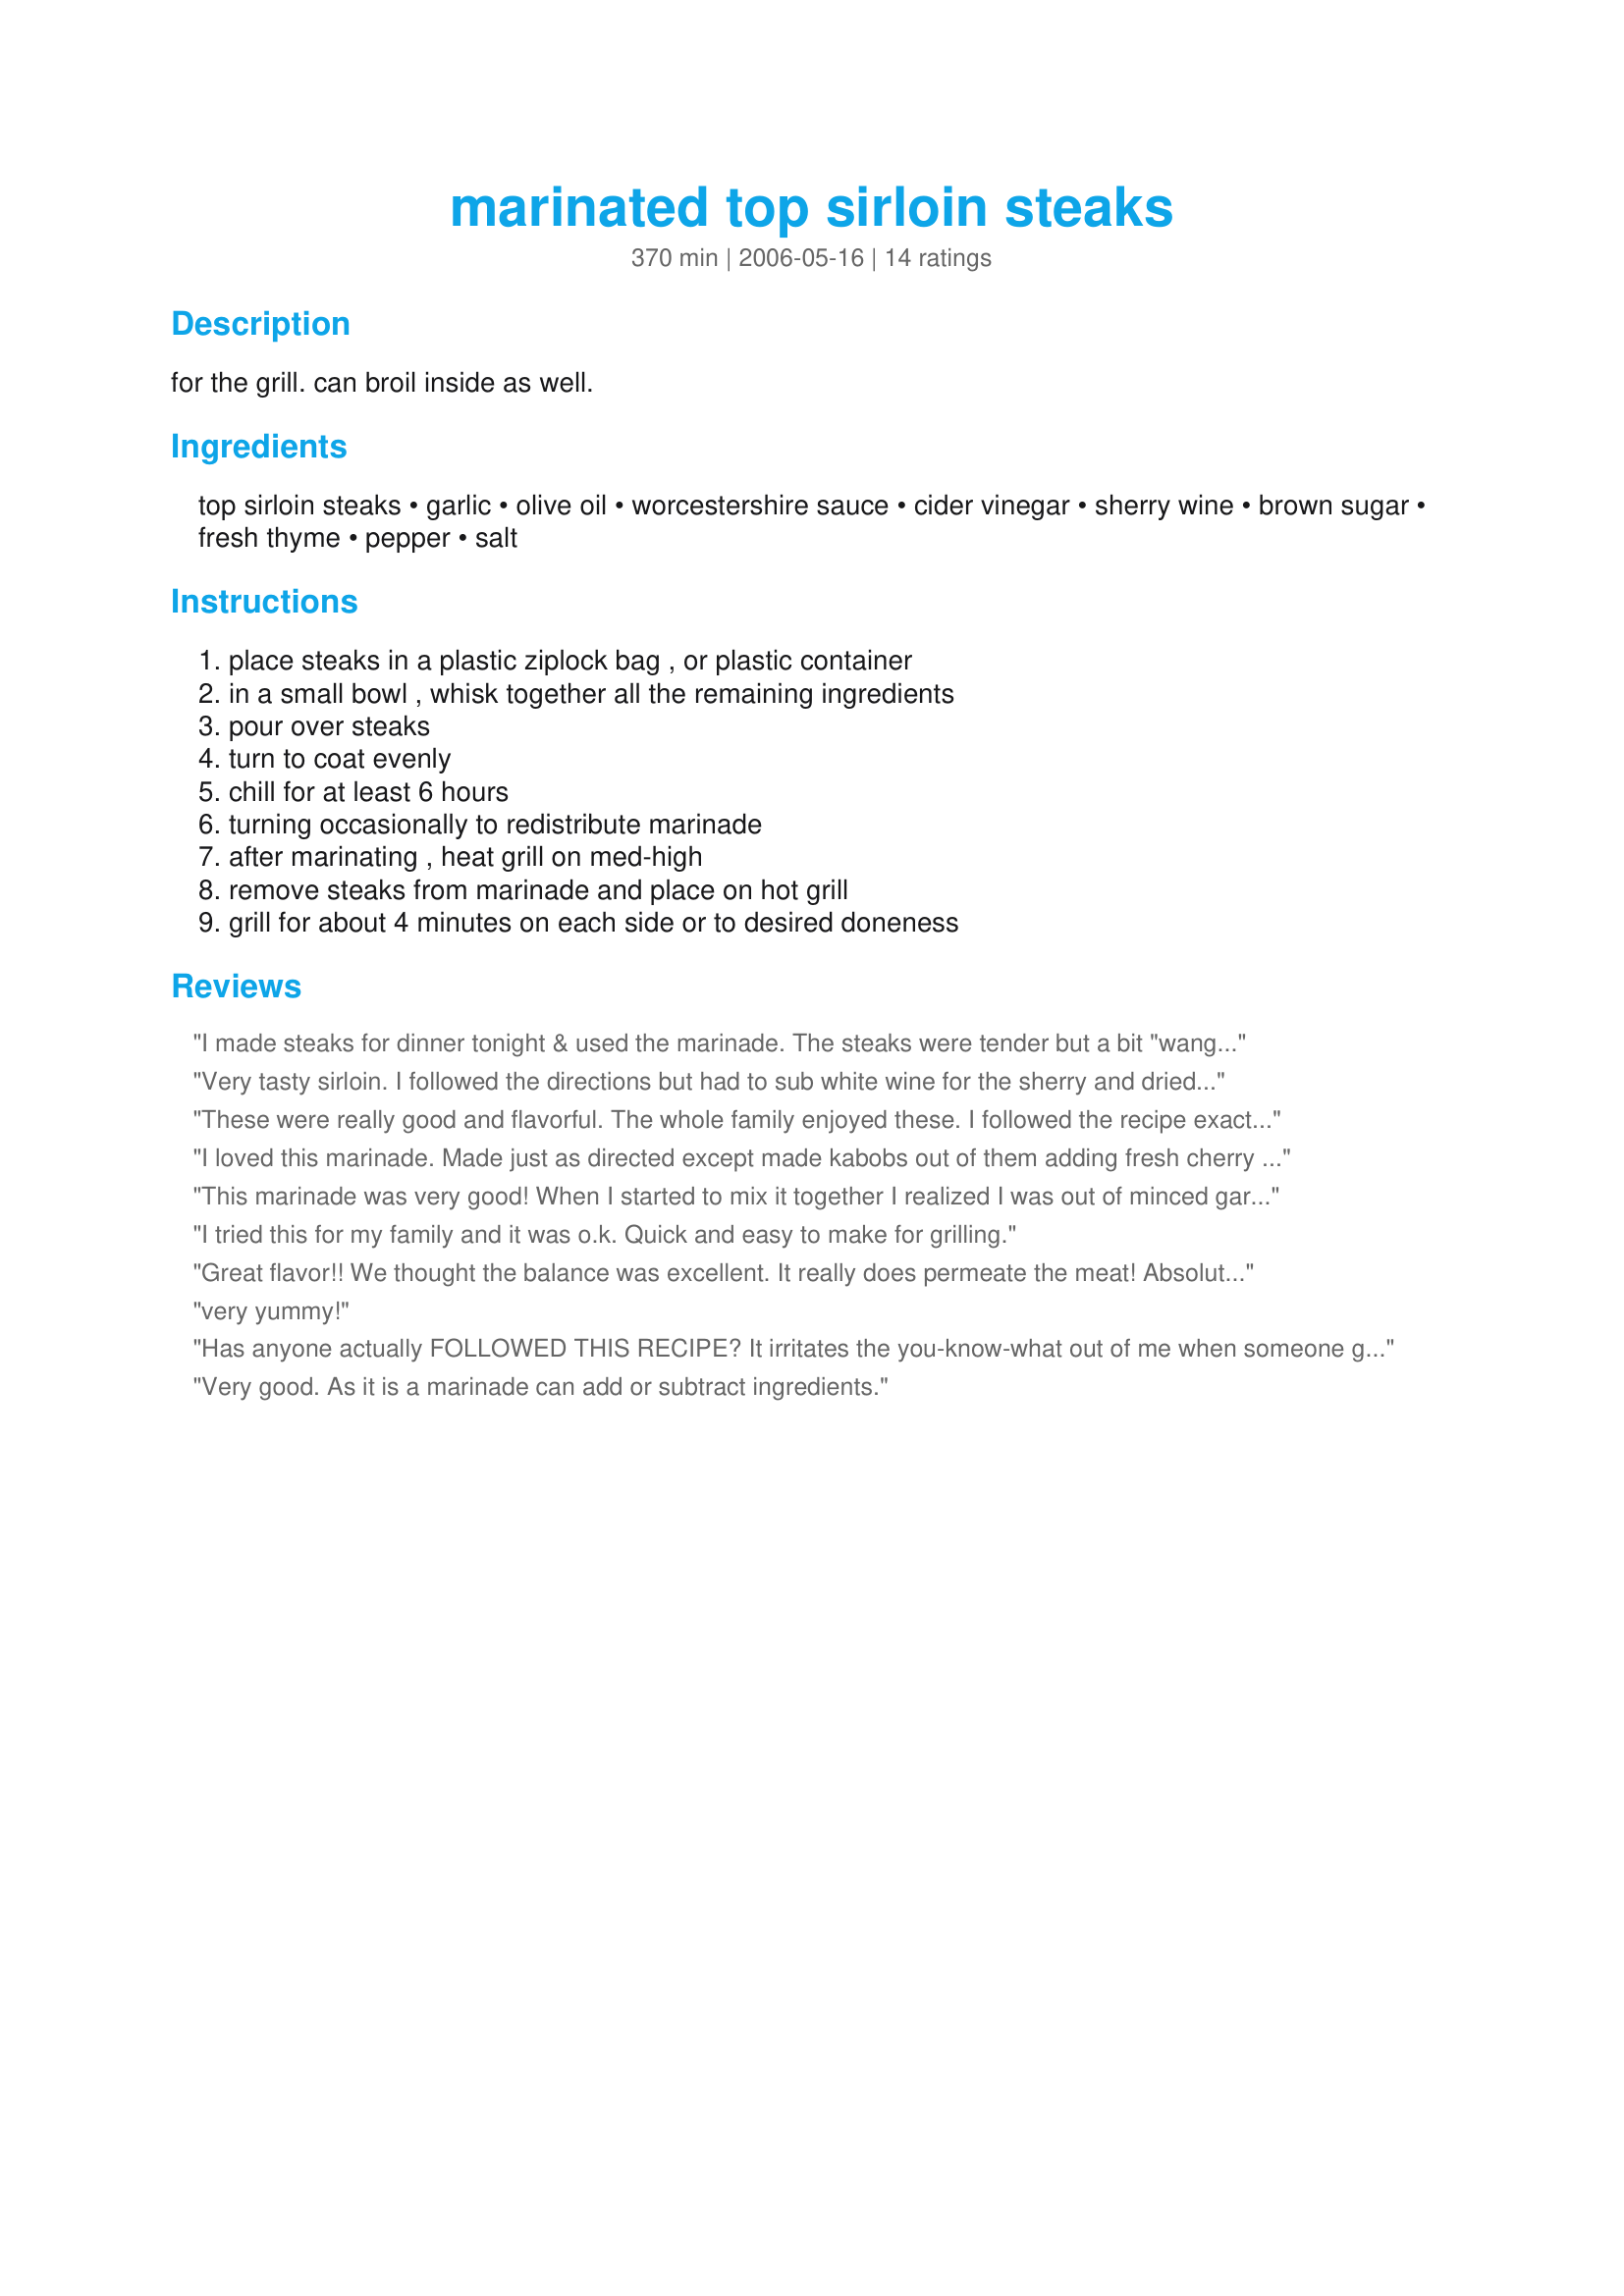
marinated top sirloin steaks
Preparation time: 370 minutes

for the grill. can broil inside as well.

Ingredients:
top sirloin steaks, garlic, olive oil, worcestershire sauce, cider vinegar, sherry wine, brown sugar, fresh thyme, pepper, salt

Steps:
place steaks in a plastic ziplock bag , or plastic container, in a small bowl , whisk together all the remaining ingredients, pour over steaks, turn to coat evenly, chill for at least 6 hours, turning occasionally to redistribute marinade, after marinating , heat grill on med-high, remove steaks from marinade and place on hot grill, grill for about 4 minutes on each side or to desired doneness

Reviews:
I made steaks for dinner tonight & used the marinade. The steaks were tender but a bit "wangy" for us. I think I'll try again & reduce either the vinegar or wine amounts. To dress it up a bit, I topped with mango & onion slices during the last couple of grilling minutes. Thanks for posting!
Very tasty sirloin. I followed the directions but had to sub white wine for the sherry and dried thyme. I marinaded the meat for 8 hours and then grilled the sirloin. Thanks Parsley for a quick and easy marinade.
These were really good and flavorful. The whole family enjoyed these. I followed the recipe exactly as written except I used Splenda brown sugar instead of regular because that is all I buy.
I loved this marinade. Made just as directed except made kabobs out of them adding fresh cherry tomatoes and pineapple. Yummy. thanks.
This marinade was very good! When I started to mix it together I realized I was out of minced garlic, so I substituted garlic powder. I also threw in a splash of white wine instead of sherry (we don&#039;t keep it around). Even with my changes, the marinade was a hit! Everybody we had over for dinner really enjoyed the flavor, and I loved the fact that I was able to throw it together with ingredients I usually have on hand.
I tried this for my family and it was o.k. Quick and easy to make for grilling.
Great flavor!! We thought the balance was excellent. It really does permeate the meat! Absolutely delicious!! Thank you Parsley
very yummy!
Has anyone actually FOLLOWED THIS RECIPE? It irritates the you-know-what out of me when someone gives a recipe five stars and then proceeds to say how they changed it. If you changed it, write your own frickin' recipe. Geez.
Very good. As it is a marinade can add or subtract ingredients.
I made this recipe for the ZWTII. I left it in the fridge for 24 hours. You could cut these steaks with a fork! A Keeper for sure!!! Thanks Parsley!
Thoroughly enjoyed your recipe - I used dried thyme and although not as good still did the job. I cut the recipe back to 1 6oz steak - no problem. Added a couple of prawns I had in the freezer and when I put the prawns on the pan I added 1 oz vermouth cooked them apprx 3 minutes- Lovely flavor . Steak cooked to medium rare.
Keeper. I didn't have time to marinate because my DH was too hungry to wait. So I made up the sauce and cooked the New York strip over the stove with a bit of olive oil. I Added the sauce the last 2 minutes while scraping up the brown bits and pieces of the steaks. Wow, the sauce was to die for. He loved it. So easy and so good. Thank you for sharing your recipe.
This was very good!! I really liked the marinade!!! Easy quick marinade to put together. I cooked this on my farberware indoor grill. Thanks for posting!!!
